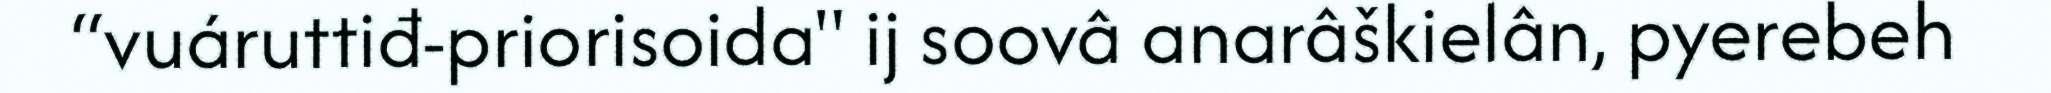
“vuáruttiđ-priorisoida" ij soovâ anarâškielân, pyerebeh